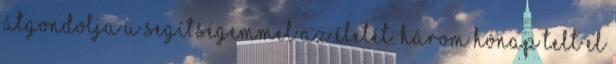
átgondolja a segítségemmel az életét. Három hónap telt el